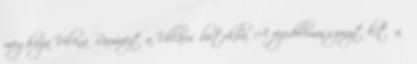
meghívja Velena Ramírezt a Villaris birtokba. A fejedelemasszonyt kitűnő